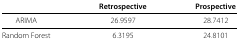
|  | Retrospective | Prospective |
 | --- | --- | --- |
 | ARIMA | 26.9597 | 28.7412 |
 | Random Forest | 6.3195 | 24.8101 |